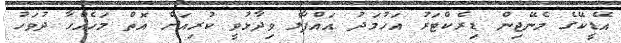
އޭޑީކޭގެ މެނޭޖިން ޑިރެކްޓަރު އަހުމަދު އައްފާލް ވިދާޅުވީ ކުރިއަށް އޮތް މަހެއްހާ ދުވަހު